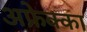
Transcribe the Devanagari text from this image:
अफ्रेक्का